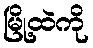
မြို့ထဲကို